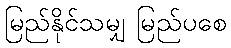
မြည်နိုင်သမျှ မြည်ပစေ